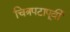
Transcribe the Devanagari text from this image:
चित्रपटापूर्वी